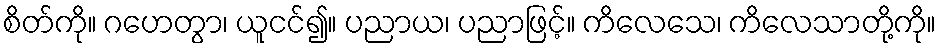
စိတ်ကို။ ဂဟေတွာ၊ ယူငင်၍။ ပညာယ၊ ပညာဖြင့်။ ကိလေသေ၊ ကိလေသာတို့ကို။